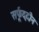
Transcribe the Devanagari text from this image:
सर्फूद्दीन